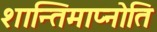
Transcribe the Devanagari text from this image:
शान्तिमाप्नोति